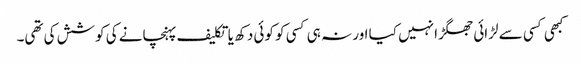
کبھی کسی سے لڑائی جھگڑا نہیں کیا اور نہ ہی کسی کو کوئی دکھ یا تکلیف پہنچانے کی کوشش کی تھی۔